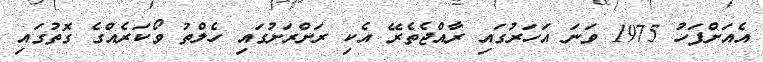
އެއަށްފަހު 1975 ވަނަ އަހަރުގައި ރާއްޖެތެރޭ އެކި ރަށްރަށުގައި ހެލްތު ވޯކަރެއްގެ ގޮތުގައި